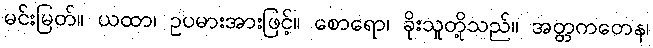
မင်းမြတ်။ ယထာ၊ ဥပမားအားဖြင့်။ စောရော၊ ခိုးသူတို့သည်။ အတ္တကတေန၊